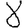
Digit: 8